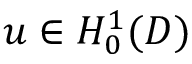
u \in H _ { 0 } ^ { 1 } ( D )